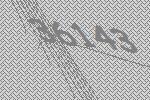
36143